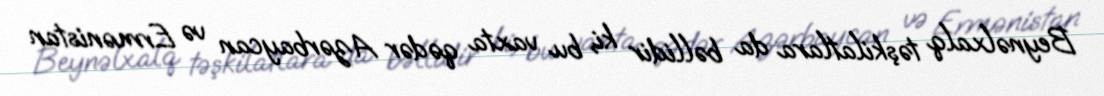
Beynəlxalq təşkilatlara da bəllidir ki, bu vaxta qədər Azərbaycan və Ermənistan